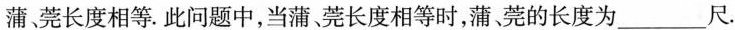
蒲莞长度相等。此问题中，当蒲莞长度相等时，蒲莞的长度为_____尺。